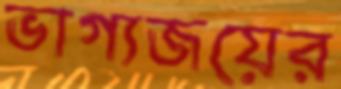
ভাগ্যজয়ের